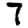
Digit: 7